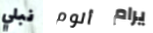
نبلي ألوم يرام